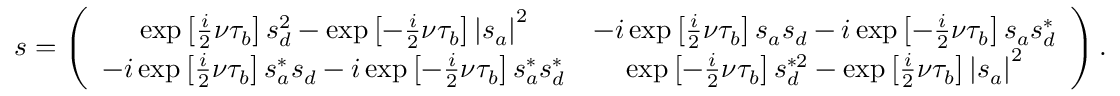
s = \left( \begin{array} { c c } { \exp \left[ \frac { i } { 2 } \nu \tau _ { b } \right] s _ { d } ^ { 2 } - \exp \left[ - \frac { i } { 2 } \nu \tau _ { b } \right] \left\vert s _ { a } \right\vert ^ { 2 } } & { - i \exp \left[ \frac { i } { 2 } \nu \tau _ { b } \right] s _ { a } s _ { d } - i \exp \left[ - \frac { i } { 2 } \nu \tau _ { b } \right] s _ { a } s _ { d } ^ { \ast } } \\ { - i \exp \left[ \frac { i } { 2 } \nu \tau _ { b } \right] s _ { a } ^ { \ast } s _ { d } - i \exp \left[ - \frac { i } { 2 } \nu \tau _ { b } \right] s _ { a } ^ { \ast } s _ { d } ^ { \ast } } & { \exp \left[ - \frac { i } { 2 } \nu \tau _ { b } \right] s _ { d } ^ { \ast 2 } - \exp \left[ \frac { i } { 2 } \nu \tau _ { b } \right] \left\vert s _ { a } \right\vert ^ { 2 } } \end{array} \right) .